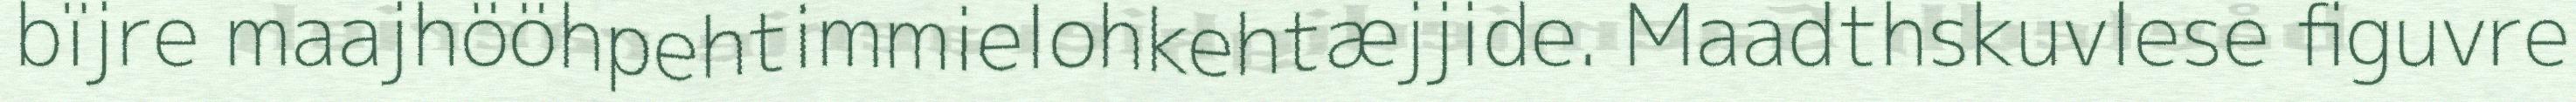
bïjre maajhööhpehtimmielohkehtæjjide. Maadthskuvlese figuvre